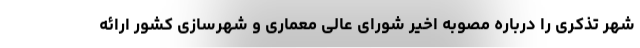
شهر تذکری را درباره مصوبه اخیر شورای عالی معماری و شهرسازی کشور ارائه